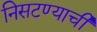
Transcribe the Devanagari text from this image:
निसटण्याची